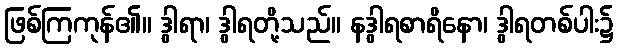
ဖြစ်ကြကုန်၏။ ဒွါရာ၊ ဒွါရတို့သည်။ နဒွါရစာရိနော၊ ဒွါရတစ်ပါး၌